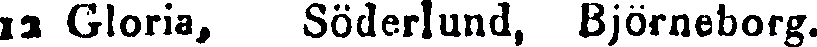
13 Gloria, Söderlund, Björneborg.